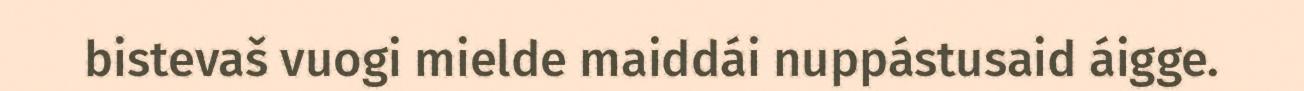
bistevaš vuogi mielde maiddái nuppástusaid áigge.